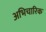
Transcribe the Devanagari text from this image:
अभिचारिक